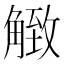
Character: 𧤡